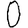
Digit: 0